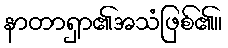
နာတာရှာ၏အသံဖြစ်၏။